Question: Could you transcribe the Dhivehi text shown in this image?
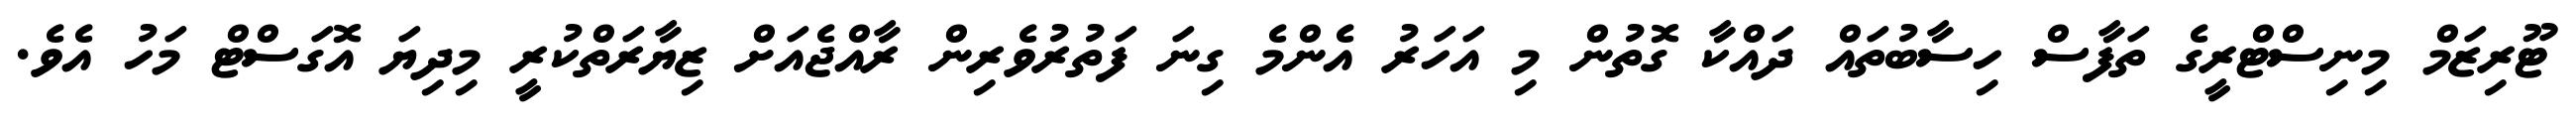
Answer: ޓޫރިޒަމް މިނިސްޓްރީގެ ތަފާސް ހިސާބުތައް ދައްކާ ގޮތުން މި އަހަރު އެންމެ ގިނަ ފަތުރުވެރިން ރާއްޖެއަށް ޒިޔާރަތްކުރީ މިދިޔަ އޮގަސްޓް މަހު އެވެ.